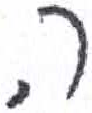
אות: ה